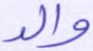
والد